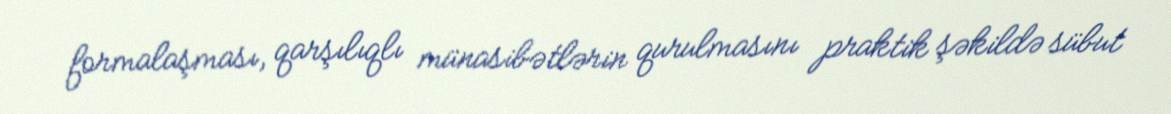
formalaşması, qarşılıqlı münasibətlərin qurulmasını praktik şəkildə sübut